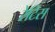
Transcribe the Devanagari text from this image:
रेटिस